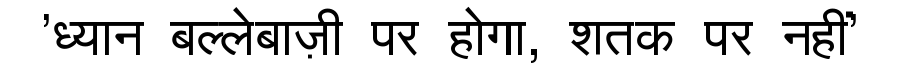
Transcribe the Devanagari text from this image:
'ध्यान बल्लेबाज़ी पर होगा, शतक पर नहीं'